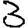
Digit: 3